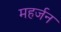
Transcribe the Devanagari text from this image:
महर्जन